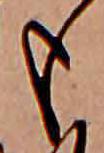
も